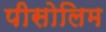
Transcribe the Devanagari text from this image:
पीसोलिम